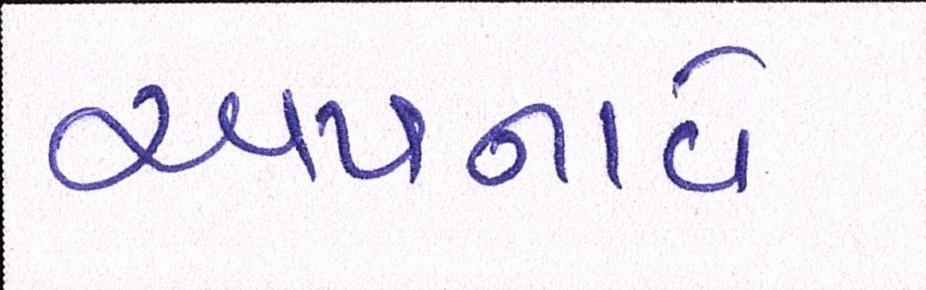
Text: અપનાવે